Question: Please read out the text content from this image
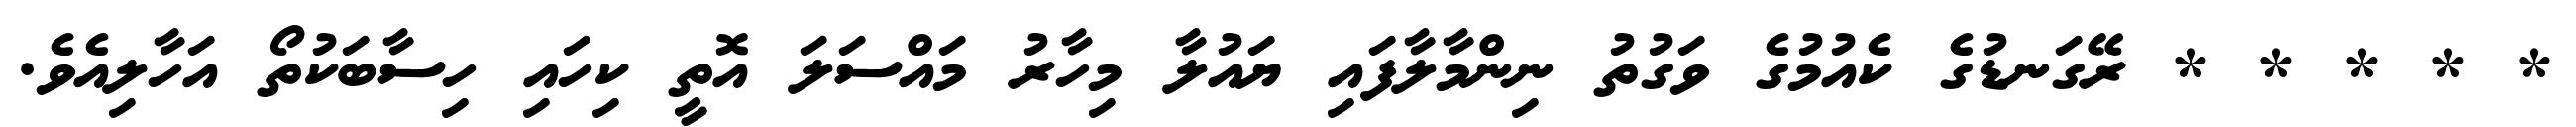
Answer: * * * * * ރޭގަނޑުގެ ކެއުމުގެ ވަގުތު ނިންމާލާފައި ޔައުލާ މިހާރު މައްސަލަ އޮތީ ކިހައި ހިސާބަކުތޯ އަހާލިއެވެ.